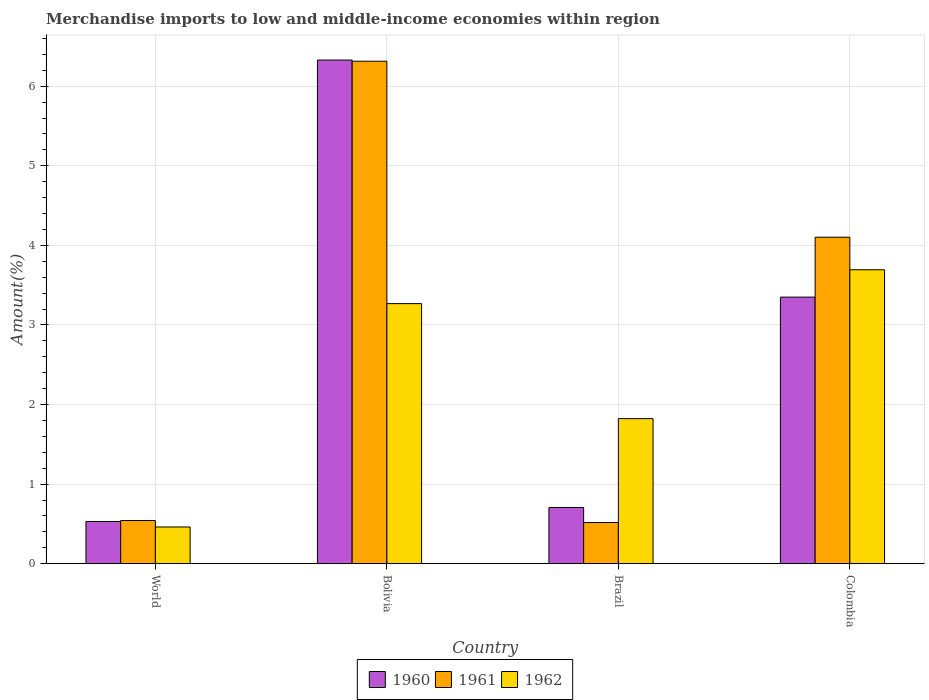
| Country | 1960 | 1961 | 1962 |
 | --- | --- | --- | --- |
 | World | 0.531 | 0.543 | 0.462 |
 | Bolivia | 6.33 | 6.31 | 3.27 |
 | Brazil | 0.707 | 0.518 | 1.82 |
 | Colombia | 3.35 | 4.1 | 3.69 |